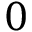
0